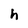
Character: h